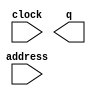
module ninja_life (
	address,
	clock,
	q);
	input	[11:0]  address;
	input	  clock;
	output	[11:0]  q;
`ifndef ALTERA_RESERVED_QIS
// synopsys translate_off
`endif
	tri1	  clock;
`ifndef ALTERA_RESERVED_QIS
// synopsys translate_on
`endif
endmodule